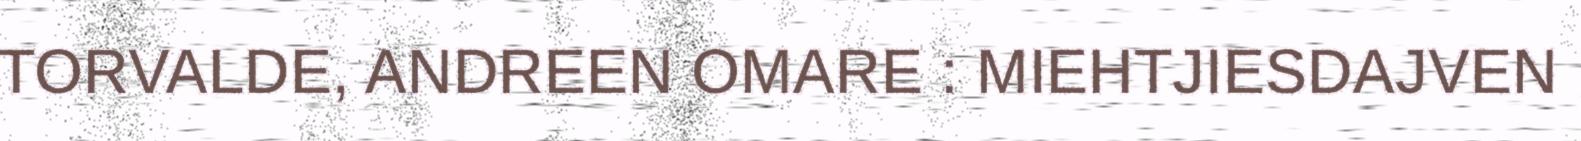
TORVALDE, ANDREEN OMARE : MIEHTJIESDAJVEN